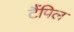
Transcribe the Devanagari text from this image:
टैंपिल